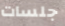
جلسات